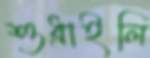
শুধ্‌রাইলি